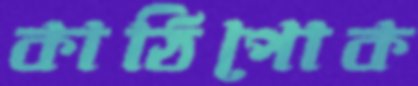
কাঠিপোক